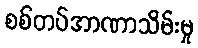
စစ်တပ်အာဏာသိမ်းမှု